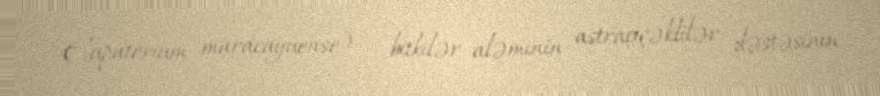
Eupatorium maracayuense) — bitkilər aləminin astraçiçəklilər dəstəsinin